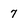
Character: 7